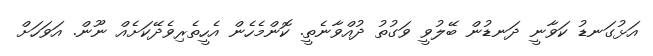
އަޅުގަނޑު ކަވާނީ ދަނޑުން ބޭލުވީ ވަގުތު ދުއްވާނެތީ. ކޮންމެހެން އެހީތެރިވެދޭކަށެއް ނޫން. އަވަހަށް